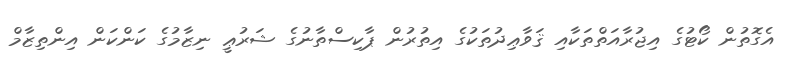
އެގޮތުން ކޯޓުގެ އިޖުރާއަތްތަކާއި ޤަވާޢިދުތަކުގެ އިތުރުން ޕާކިސްތާނުގެ ޝަރުޢީ ނިޒާމުގެ ކަންކަން އިންތިޒާމް